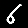
Digit: 6